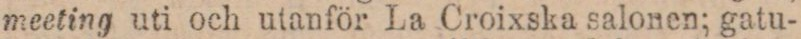
meeting uti och utanför La Croixska salonen; gatu-